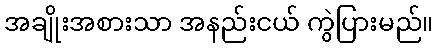
အချိုးအစားသာ အနည်းငယ် ကွဲပြားမည်။